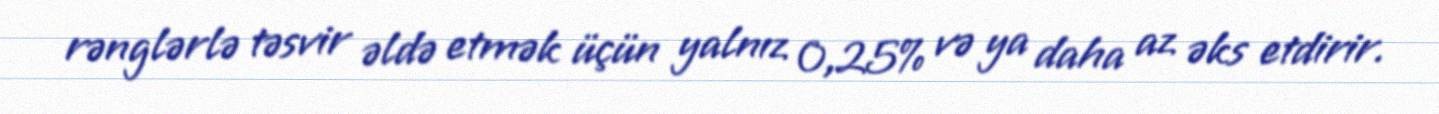
rənglərlə təsvir əldə etmək üçün yalnız 0,25% və ya daha az əks etdirir.